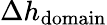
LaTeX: \Delta h_{\mathrm{domain}}